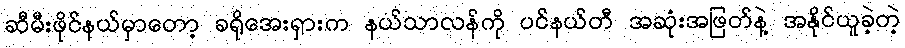
ဆီမီးဖိုင်နယ်မှာတော့ ခရိုအေးရှားက နယ်သာလန်ကို ပင်နယ်တီ အဆုံးအဖြတ်နဲ့ အနိုင်ယူခဲ့တဲ့